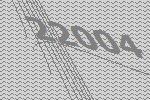
22004